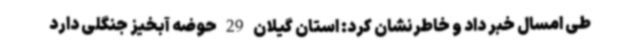
طی امسال خبر داد و خاطرنشان کرد: استان گیلان 29 حوضه آبخیز جنگلی دارد